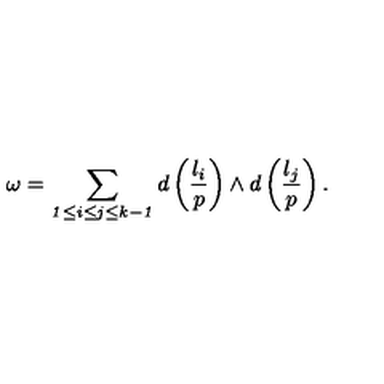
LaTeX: \omega = \sum _ { \mathrm { \scriptsize { \it 1 \leq i \leq j \leq k - 1 } } } d \left( { \frac { l _ { i } } { p } } \right) \wedge d \left( { \frac { l _ { j } } { p } } \right) .